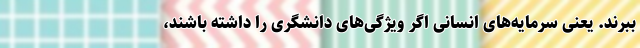
ببرند. یعنی سرمایه‌‌های انسانی اگر ویژگی‌های دانشگری را داشته‌ باشند،